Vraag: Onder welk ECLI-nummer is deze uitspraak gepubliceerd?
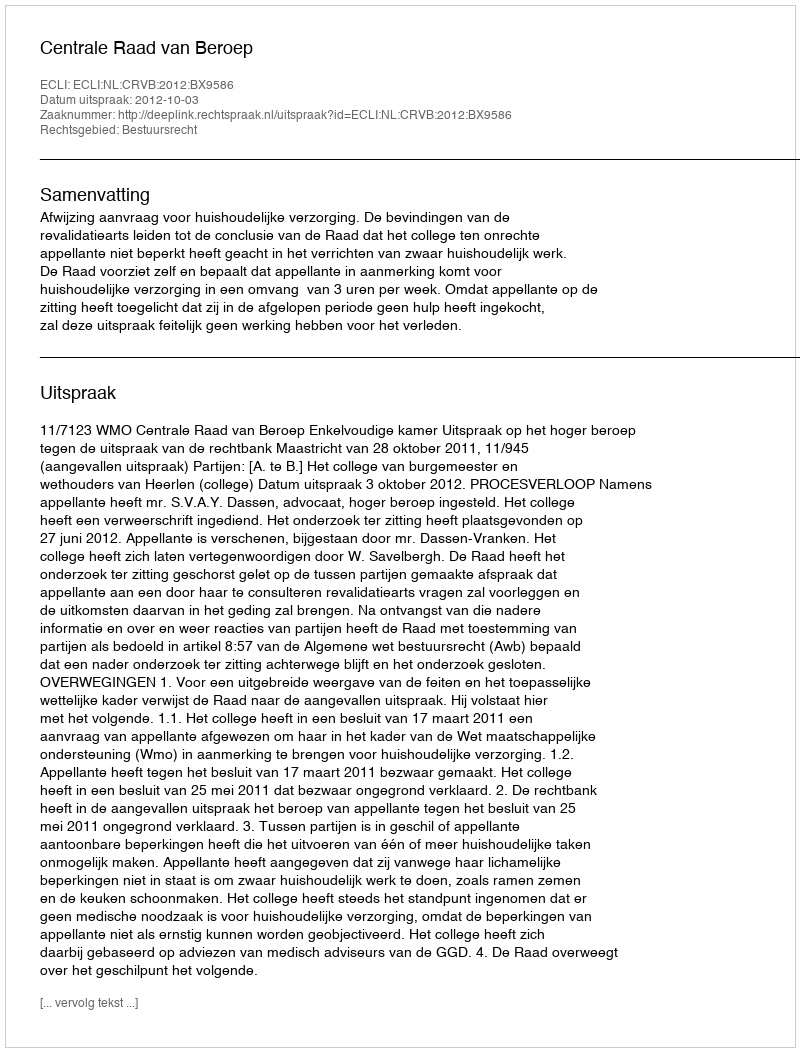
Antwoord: ECLI:NL:CRVB:2012:BX9586